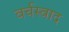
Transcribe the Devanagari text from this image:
वर्चस्वाद